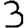
Digit: 3